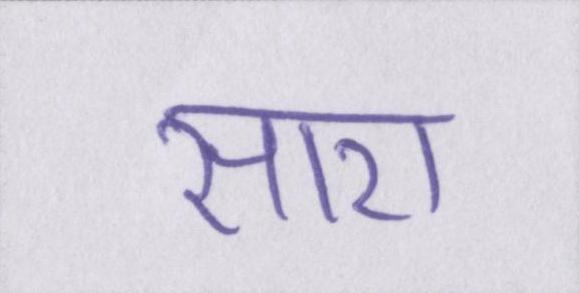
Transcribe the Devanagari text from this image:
सारा